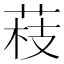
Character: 䓩